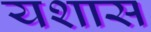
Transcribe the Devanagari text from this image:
यशास